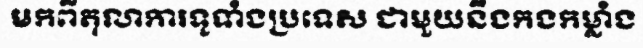
មកពីតុលាការទូទាំងប្រទេស ជាមួយនឹងកងកម្លាំង